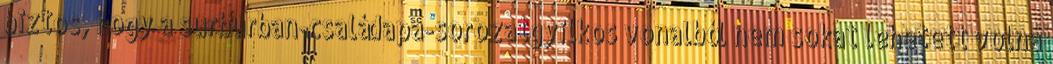
biztos, hogy a surburban-családapa-sorozatgyilkos vonalból nem sokat lehetett volna